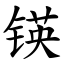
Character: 锳